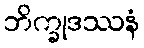
ဘိက္ခုဒဿနံ